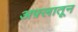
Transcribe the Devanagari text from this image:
अफ़्लातून